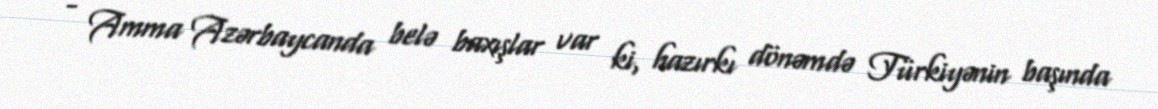
- Amma Azərbaycanda belə baxışlar var ki, hazırkı dönəmdə Türkiyənin başında